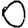
Digit: 0